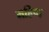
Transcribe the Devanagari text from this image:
महिष्द